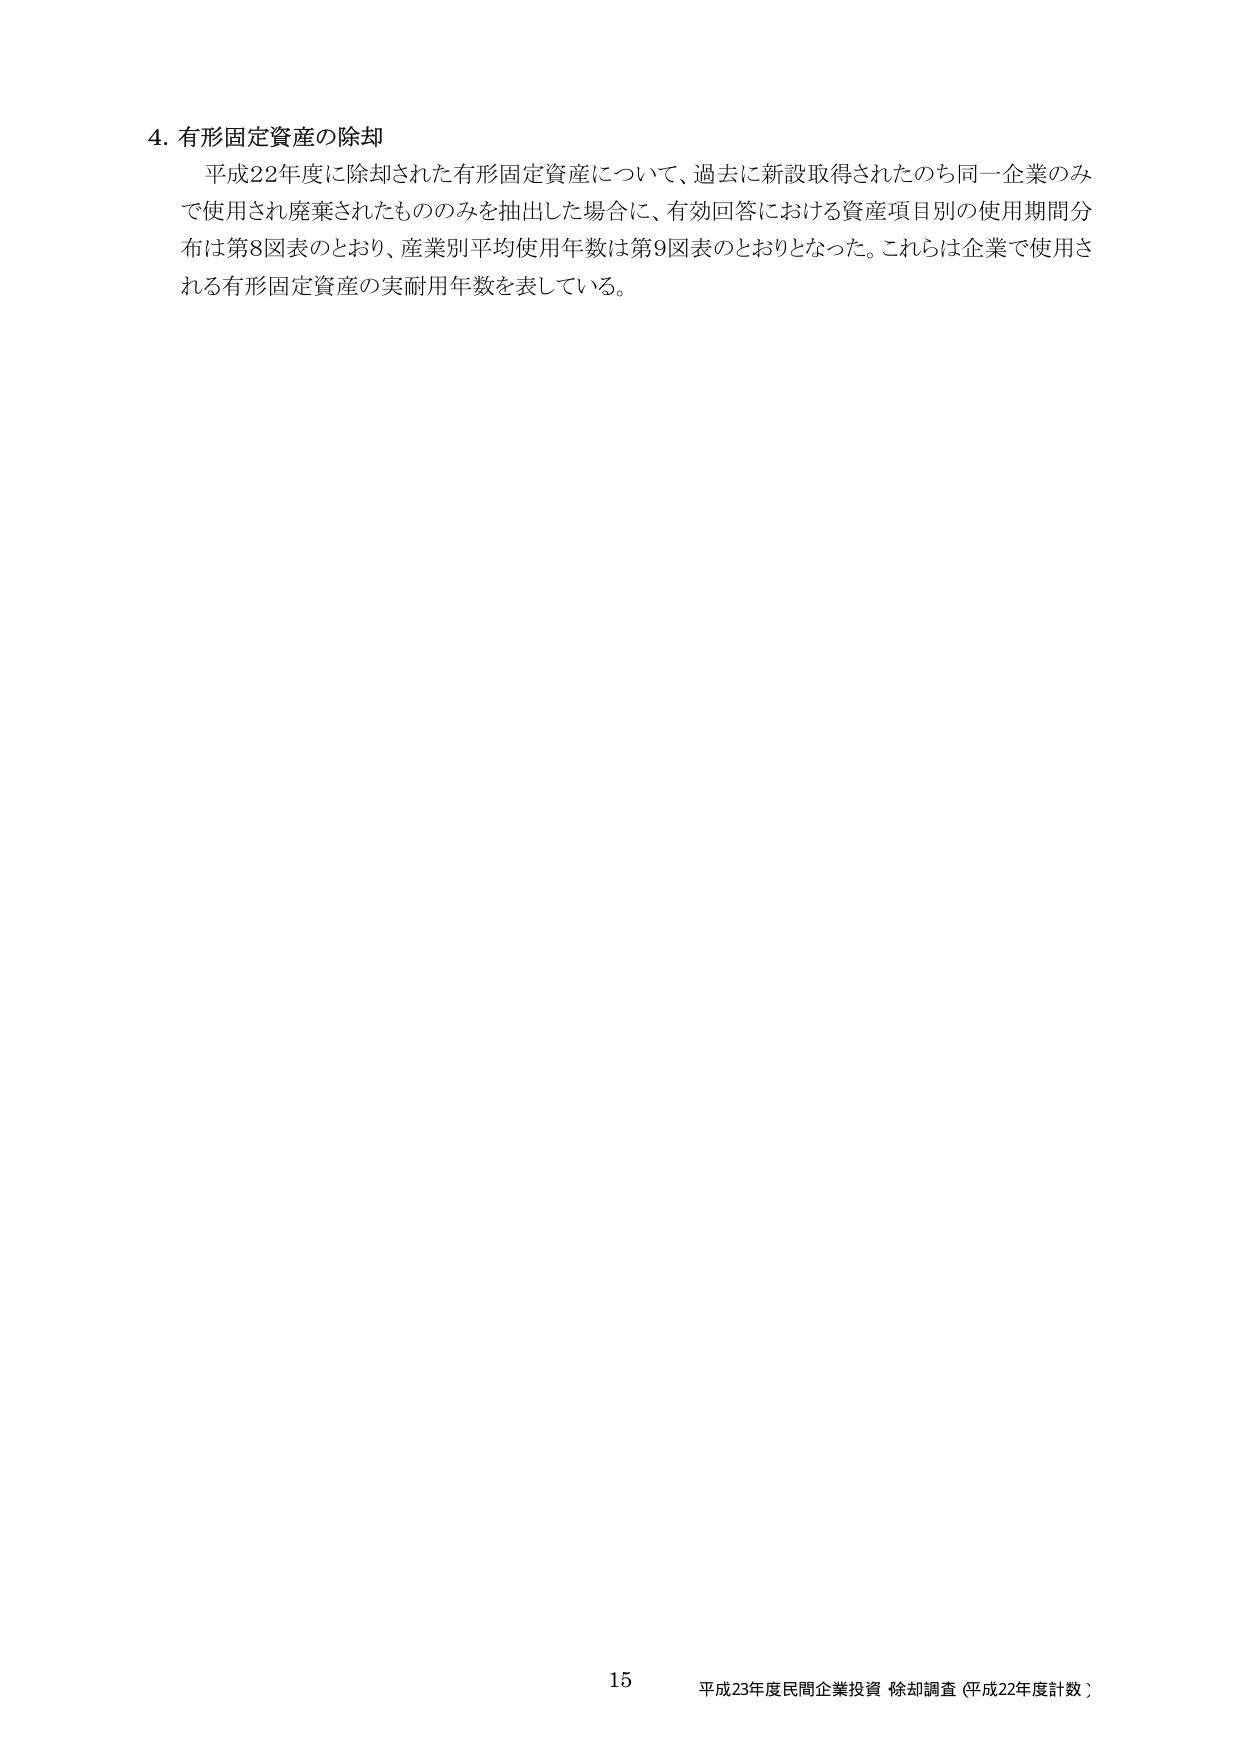
4. 有形固定資産の除却
平成22年度に除却された有形固定資産について、過去に新設取得されたのち同一企業のみで使用され廃棄されたもののみを抽出した場合に、有効回答における資産項目別の使用期間分布は第8図表のとおり、産業別平均使用年数は第9図表のとおりとなった。これらは企業で使用される有形固定資産の実耐用年数を表している。

15
平成23年度民間企業投資 除却調査（平成22年度計数）